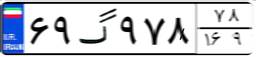
۵۸گ۱۳۱۳۸